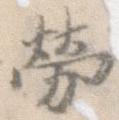
労